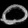
Digit: ၀